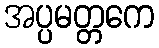
အပ္ပမတ္တကေ